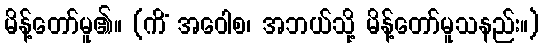
မိန့်တော်မူ၏။ (ကိံ အဝေါစ၊ အဘယ်သို့ မိန့်တော်မူသနည်း။)